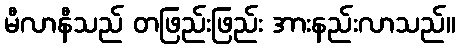
မီလာနီသည် တဖြည်းဖြည်း အားနည်းလာသည်။